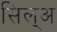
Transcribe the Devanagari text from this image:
सिल्‌अ